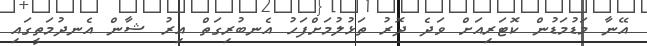
އޭނާ މަޑުމަޑުން ކޮޓަރިއަށް ވަދެ ދޮރު ތަޅުލުމަށްފަހު އެނބުރިގަތް އިރު ޝާން އެނދުމަތީގައި